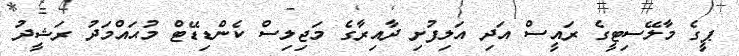
ޕީގެ މާލޭސިޓީގެ ރައީސް އަދި އަލިފުށި ދާއިރާގެ މަޖިލިސް ކެންޑިޑޭޓް މުޙައްމަދު ރަޝީދު